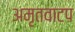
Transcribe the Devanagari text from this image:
अमृतवाटप